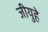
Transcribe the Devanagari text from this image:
जीयुहे